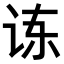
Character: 𫍝